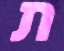
ת